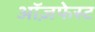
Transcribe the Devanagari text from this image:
ऑज़फेस्ट